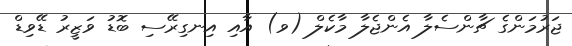
ޖަރުމަންގެ ޗާންސެލާ އެންޖެލާ މާކެލް (ވ) އާއި އިނގިރޭސި ބޮޑު ވަޒީރު ޑޭވިޑް